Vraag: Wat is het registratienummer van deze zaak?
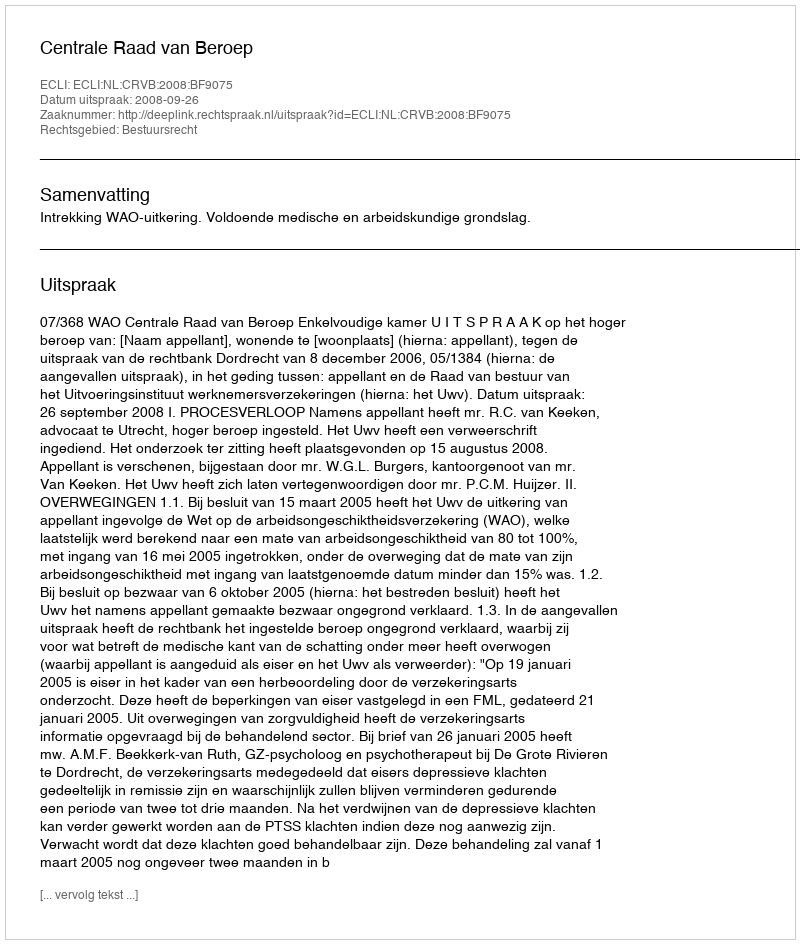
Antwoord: http://deeplink.rechtspraak.nl/uitspraak?id=ECLI:NL:CRVB:2008:BF9075